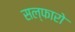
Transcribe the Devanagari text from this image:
सल्फारो